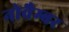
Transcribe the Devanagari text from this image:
नोवैम्बर